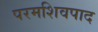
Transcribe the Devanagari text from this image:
परमशिवपाद